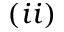
( i i )